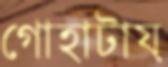
গোহাটায়